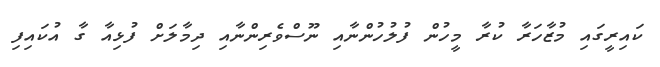
ކައިރީގައި މުޒާހަރާ ކުރާ މީހުން ފުލުހުންނާއި ނޫސްވެރިންނާއި ދިމާލަށް ފުޅިއާ ގާ އުކައިފި